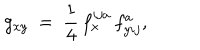
LaTeX: g _ { x y } \ = \ \frac 1 4 \, f _ { x } ^ { i j a } \, f _ { y i j } ^ { a } ,